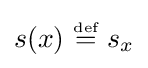
s(x)~{\stackrel {\scriptscriptstyle {\text{def}}}{=}}~s_{x}